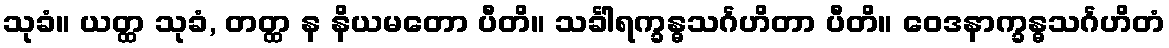
သုခံ။ ယတ္ထ သုခံ, တတ္ထ န နိယမတော ပီတိ။ သင်္ခါရက္ခန္ဓသင်္ဂဟိတာ ပီတိ။ ဝေဒနာက္ခန္ဓသင်္ဂဟိတံ